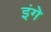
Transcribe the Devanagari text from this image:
इंगे